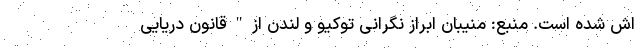
اش شده است. منبع: منیبان ابراز نگرانی توکیو و لندن از"قانون دریایی